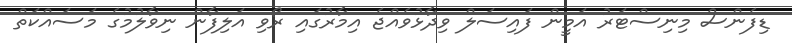
ޑިފެންސް މިނިސްޓަރު އަމީން ފައިސަލް ވިދާޅުވެއްޖެ އިމާރުގައި ރޯވި އަލިފާން ނިވާލުމުގެ މަސައްކަތް